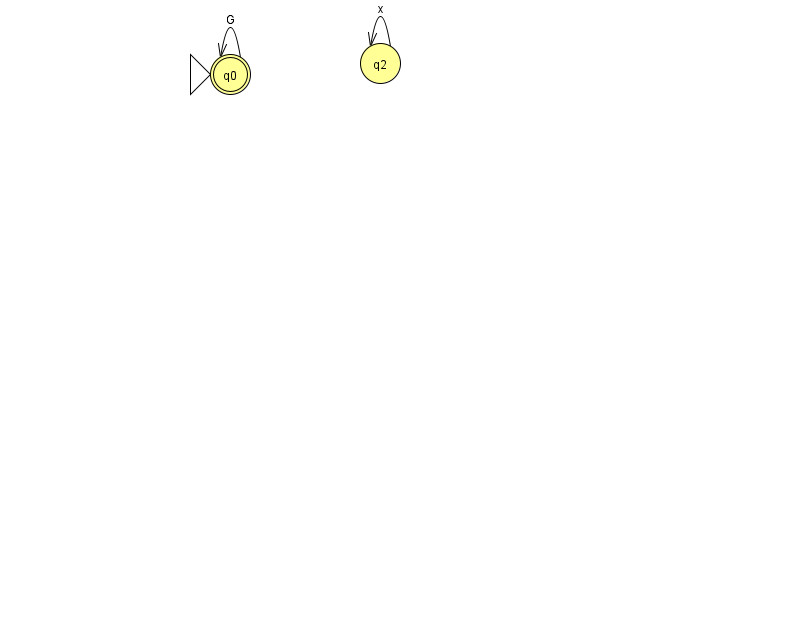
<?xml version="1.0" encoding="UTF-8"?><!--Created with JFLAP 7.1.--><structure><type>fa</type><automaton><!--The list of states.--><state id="0" name="q0"><x>230.0</x><y>61.0</y><initial/><final/></state><state id="2" name="q2"><x>380.0</x><y>50.0</y></state><!--The list of transitions.--><transition><from>0</from><to>0</to><read>G</read></transition><transition><from>2</from><to>2</to><read>x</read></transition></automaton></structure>